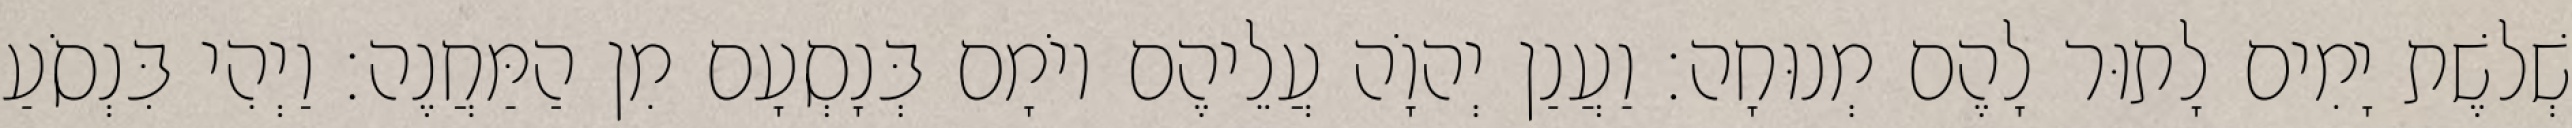
שְׁלשֶׁת יָמִים לָתוּר לָהֶם מְנוּחָה׃ וַעֲנַן יְהוָֹה עֲלֵיהֶם יוֹמָם בְּנָסְעָם מִן הַמַּחֲנֶה׃ וַיְהִי בִּנְסֹעַ